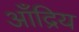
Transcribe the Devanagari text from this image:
आँद्रिय